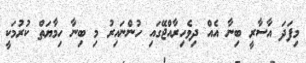
މިފަދަ އާސާރީ ބިނާ އެއް ދިވެހިރާއްޖޭގައި ހުންނައިރު މި ބިނާ ހިމާޔަތް ކުރުމަކީ